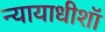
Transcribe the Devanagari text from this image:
न्यायाधीशॉ